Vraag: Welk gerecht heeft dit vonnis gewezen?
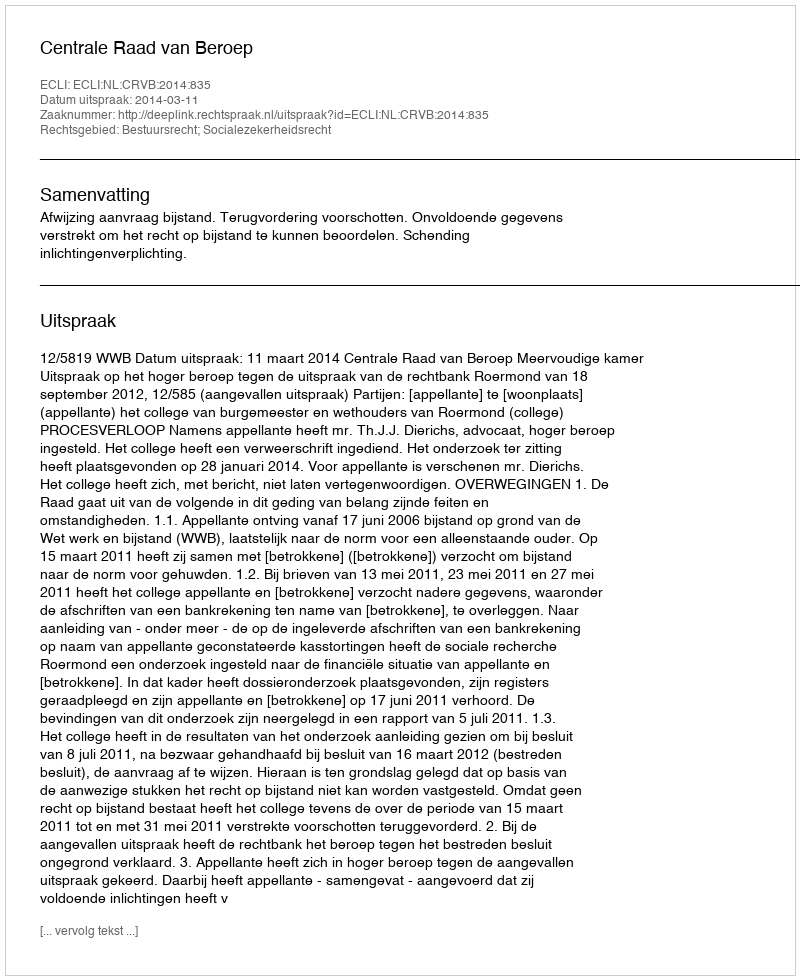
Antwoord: Centrale Raad van Beroep